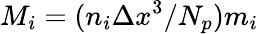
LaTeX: M_{i}=(n_{i}\Delta x^{3}/N_{p})m_{i}